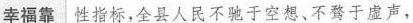
幸福靠 性指标，全县人民不驰于空想、不骛于虚声，